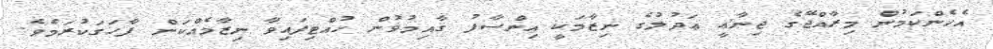
އެހެންކަމުން މިރާއްޖޭގެ ޖިނާޢީ ޢަދުލުގެ ނިޒާމަކީ އިންސާފު ޤާއިމުވުން ހުއްޓިފައިވާ ނިޒާމެއްކަން ފާހަގަކުރަމެވެ.